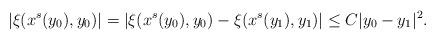
LaTeX: \begin{align*}|\xi(x^s(y_0),y_0)|=|\xi(x^s(y_0),y_0)-\xi(x^s(y_1),y_1)|\leq C|y_0-y_1|^2.\end{align*}